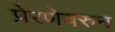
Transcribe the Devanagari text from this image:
प्रेरणेवरुन